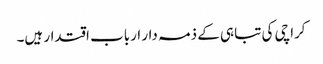
کراچی کی تباہی کے ذمہ دار ارباب اقتدار ہیں۔